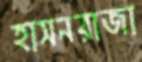
হাসনরাজা